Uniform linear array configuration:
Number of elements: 4
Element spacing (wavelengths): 1
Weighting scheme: hann
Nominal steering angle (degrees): -15
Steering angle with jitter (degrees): -15.362
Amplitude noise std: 0.05
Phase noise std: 0.05

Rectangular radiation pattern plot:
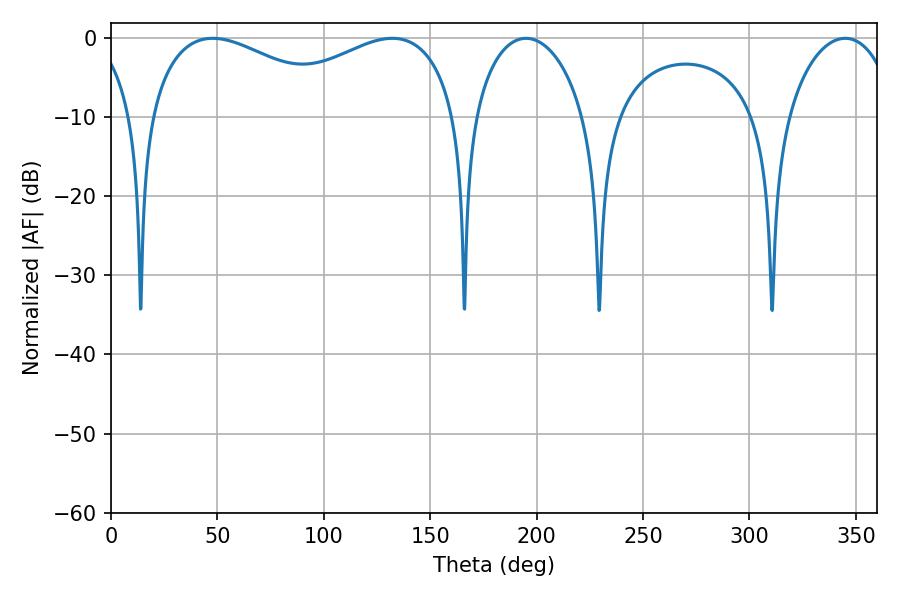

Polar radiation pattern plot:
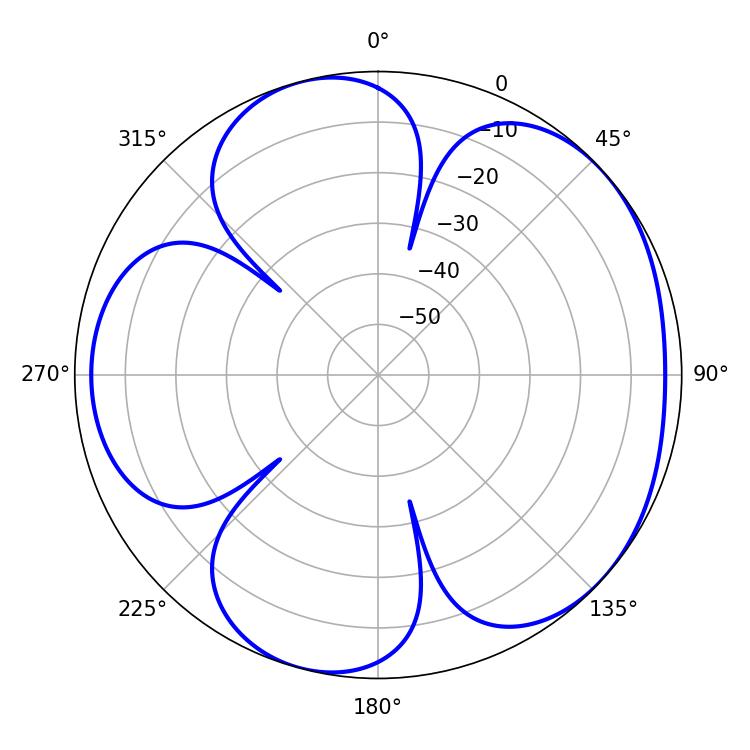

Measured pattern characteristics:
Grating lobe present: TRUE
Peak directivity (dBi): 4.776
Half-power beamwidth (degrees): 52.74
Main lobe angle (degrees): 47.88